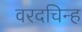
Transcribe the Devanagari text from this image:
वरदचिन्ह